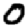
Digit: 0